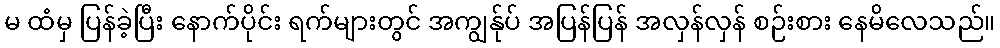
မ ထံမှ ပြန်ခဲ့ပြီး နောက်ပိုင်း ရက်များတွင် အကျွန်ုပ် အပြန်ပြန် အလှန်လှန် စဉ်းစား နေမိလေသည်။